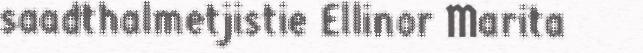
saadthalmetjistie Ellinor Marita